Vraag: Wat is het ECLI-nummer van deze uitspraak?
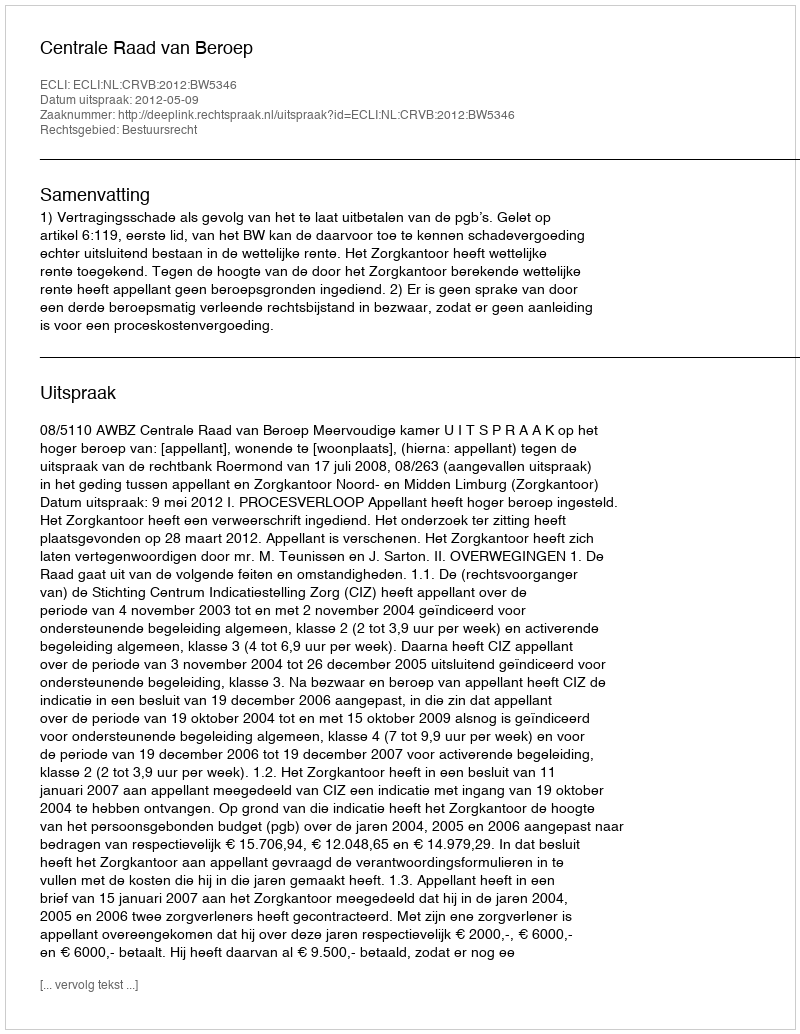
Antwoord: ECLI:NL:CRVB:2012:BW5346